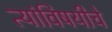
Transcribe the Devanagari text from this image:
त्यांविषयीचे